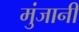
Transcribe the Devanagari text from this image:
मुंजानी